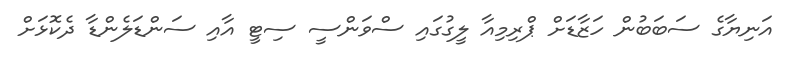
އަނިޔާގެ ސަބަބުން ހަޒާޑަށް ޕްރިމިއާ ލީގުގައި ސްވަންސީ ސިޓީ އާއި ސަންޑަލެންޑާ ދެކޮޅަށް